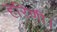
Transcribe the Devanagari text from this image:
हरिणी।